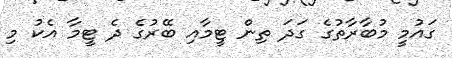
ގައުމީ މުބާރާތުގެ ގަދަ ތިން ޓީމާއި ބޭރުގެ ދެ ޓީމާ އެކު މި